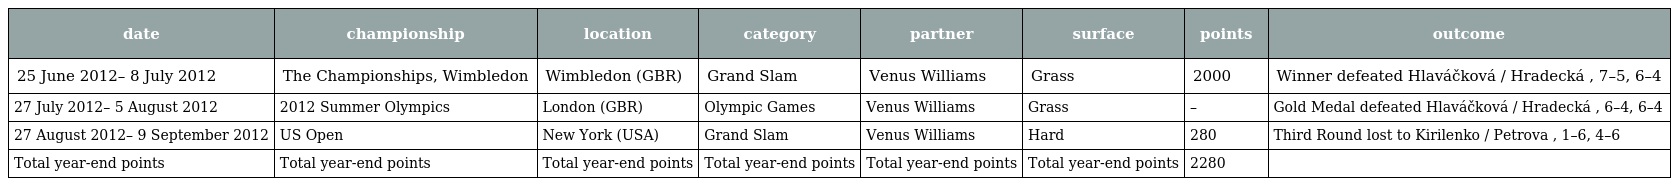
| date | championship | location | category | partner | surface | points | outcome |
 | --- | --- | --- | --- | --- | --- | --- | --- |
 | 25 June 2012– 8 July 2012 | The Championships, Wimbledon | Wimbledon (GBR) | Grand Slam | Venus Williams | Grass | 2000 | Winner defeated Hlaváčková / Hradecká , 7–5, 6–4 |
 | 27 July 2012– 5 August 2012 | 2012 Summer Olympics | London (GBR) | Olympic Games | Venus Williams | Grass | – | Gold Medal defeated Hlaváčková / Hradecká , 6–4, 6–4 |
 | 27 August 2012– 9 September 2012 | US Open | New York (USA) | Grand Slam | Venus Williams | Hard | 280 | Third Round lost to Kirilenko / Petrova , 1–6, 4–6 |
 | Total year-end points | Total year-end points | Total year-end points | Total year-end points | Total year-end points | Total year-end points | 2280 |  |